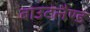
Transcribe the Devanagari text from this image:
बाउटलैण्ड